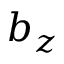
b _ { z }